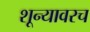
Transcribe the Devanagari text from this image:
शून्यावरच